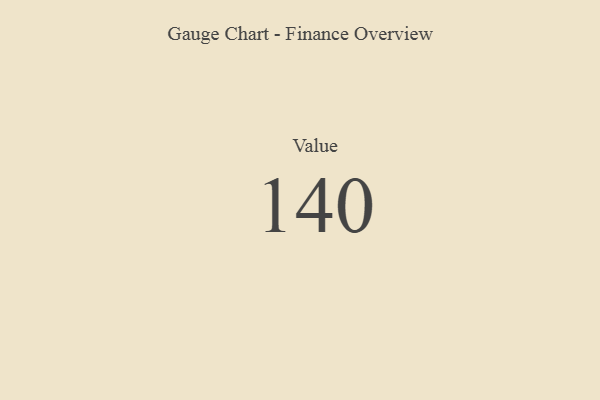
{"axis": {"x": "Metric", "y": "Value"}, "legend": [""], "data": [{"x": "Value", "y": 140, "type": ""}]}